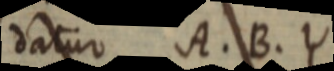
datur A. B. Y.